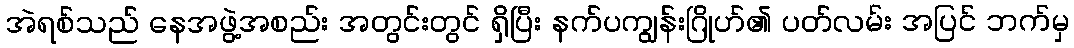
အဲရစ်သည် နေအဖွဲ့အစည်း အတွင်းတွင် ရှိပြီး နက်ပကျွန်းဂြိုဟ်၏ ပတ်လမ်း အပြင် ဘက်မှ